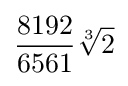
{\frac {8192}{6561}}{\sqrt[{3}]{2}}